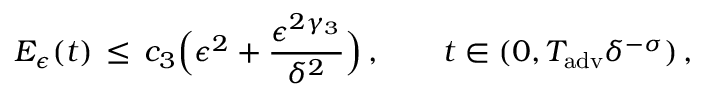
E _ { \epsilon } ( t ) \, \le \, c _ { 3 } \Bigl ( \epsilon ^ { 2 } + \frac { \epsilon ^ { 2 \gamma _ { 3 } } } { \delta ^ { 2 } } \Bigr ) \, , \qquad t \in ( 0 , T _ { \mathrm { a d v } } \delta ^ { - \sigma } ) \, ,